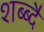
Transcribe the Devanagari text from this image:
शब्ब्दै